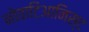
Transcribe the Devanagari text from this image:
नोवाटिआनिस्ट